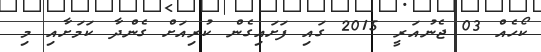
ކޯހެއް 03 ޖެނުއަރީ 2015 ގައި ފަށައިގެން ކުރިއަށް ގެންދާ ކަމަށާއި މި